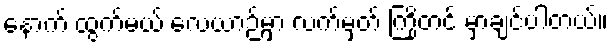
နောက် ထွက်မယ့် လေယာဉ်မှာ လက်မှတ် ကြိုတင် မှာချင်ပါတယ်။